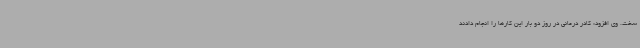
سخت. وی افزود: کادر درمانی در روز دو بار این کارها را انجام دادند